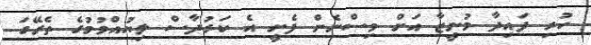
ހުރި ފައިދާ މުނީޒާ އަށް ވިސްނެން ފެށީ އެ ކަރުދާސް ލިޔުއްވުމުގެ ތެރޭގަ